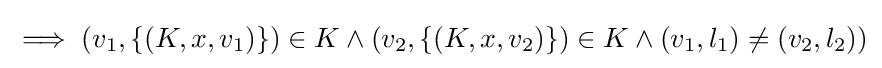
\implies (v_{1},\{(K,x,v_{1})\})\in K\land (v_{2},\{(K,x,v_{2})\})\in K\land (v_{1},l_{1})\neq (v_{2},l_{2}))